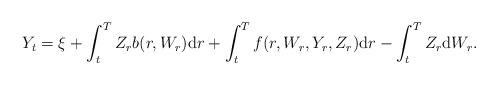
LaTeX: \begin{align*}Y_t = \xi +\int_t^TZ_r b(r, W_r) \mathrm d r + \int_t^T f(r, W_r, Y_r, Z_r) \mathrm d r - \int_t^T Z_r \mathrm d W_r. \end{align*}